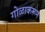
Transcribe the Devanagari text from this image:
गोळाकरून